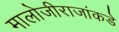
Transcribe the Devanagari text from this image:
मालोजीराजांकडे